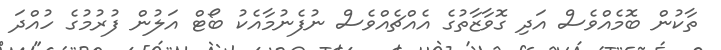
ތާކުން ބޮމެއްވެސް އަދި ގޮވާޒާތުގެ އެއްޗެއްވެސް ނުފެނުމާއެކު ބޯޓް އަލުން ފުރުމުގެ ހުއްދަ